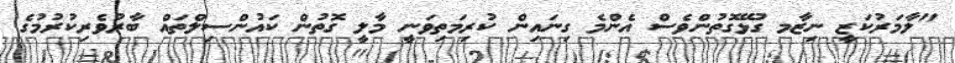
"ލާމަރުކަޒީ ނިޒާމ ގުޅޭގޮތުންވެސް އެންމެ ގިނައިން ކުރިމަތިވަނީ މާލީ ގޮތުން ކައުންސިލްތައް ބާރުވެރިކުރުމުގެ